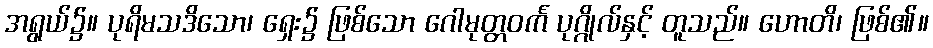
အရွယ်၌။ ပုရိမသဒိသော၊ ရှေး၌ ဖြစ်သော ဂေါမုတ္တဝင်္က ပုဂ္ဂိုလ်နှင့် တူသည်။ ဟောတိ၊ ဖြစ်၏။